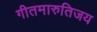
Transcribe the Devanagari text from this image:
गीतमारुतिजय